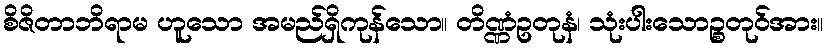
စိဇိတာဘိရာမ ဟူသော အမည်ရှိကုန်သော။ တိဏ္ဏံဥတုနံ၊ သုံးပါးသောဉ္စတုဝ်အား။